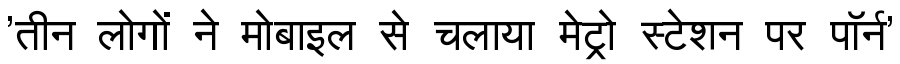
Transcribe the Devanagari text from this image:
'तीन लोगों ने मोबाइल से चलाया मेट्रो स्टेशन पर पॉर्न'